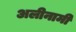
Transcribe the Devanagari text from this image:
अलीनामी